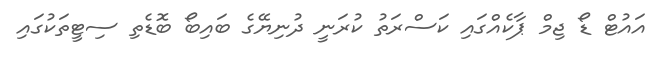
އައުޓް ޑޯ ޖިމް ޕާކެއްގައި ކަސްރަތު ކުރަނީ ދުނިޔޭގެ ބައިބޯ ބޮޑެތި ސިޓީތަކުގައި